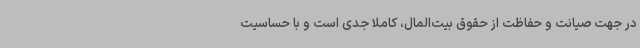
در جهت صیانت و حفاظت از حقوق بیت‌المال، کاملا جدی است و با حساسیت